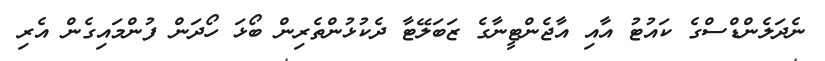
ނެދަލެންޑްސްގެ ކައުޓު އާއި އާޖެންޓީނާގެ ޒަބަލޭޓާ ދެކުޅުންތެރިން ބޯޅަ ހޯދަން ފުންމައިގެން އެރި